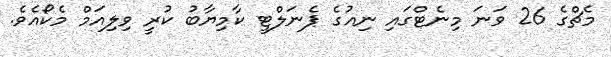
މެޗްގެ 26 ވަނަ މިނެޓްގައި ނިއުގެ ޕެނަލްޓީ ކާމިޔާބު ކުރީ ވިލިއަމް މެކޯއެވެ.